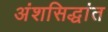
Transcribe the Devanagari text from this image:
अंशसिद्धांत